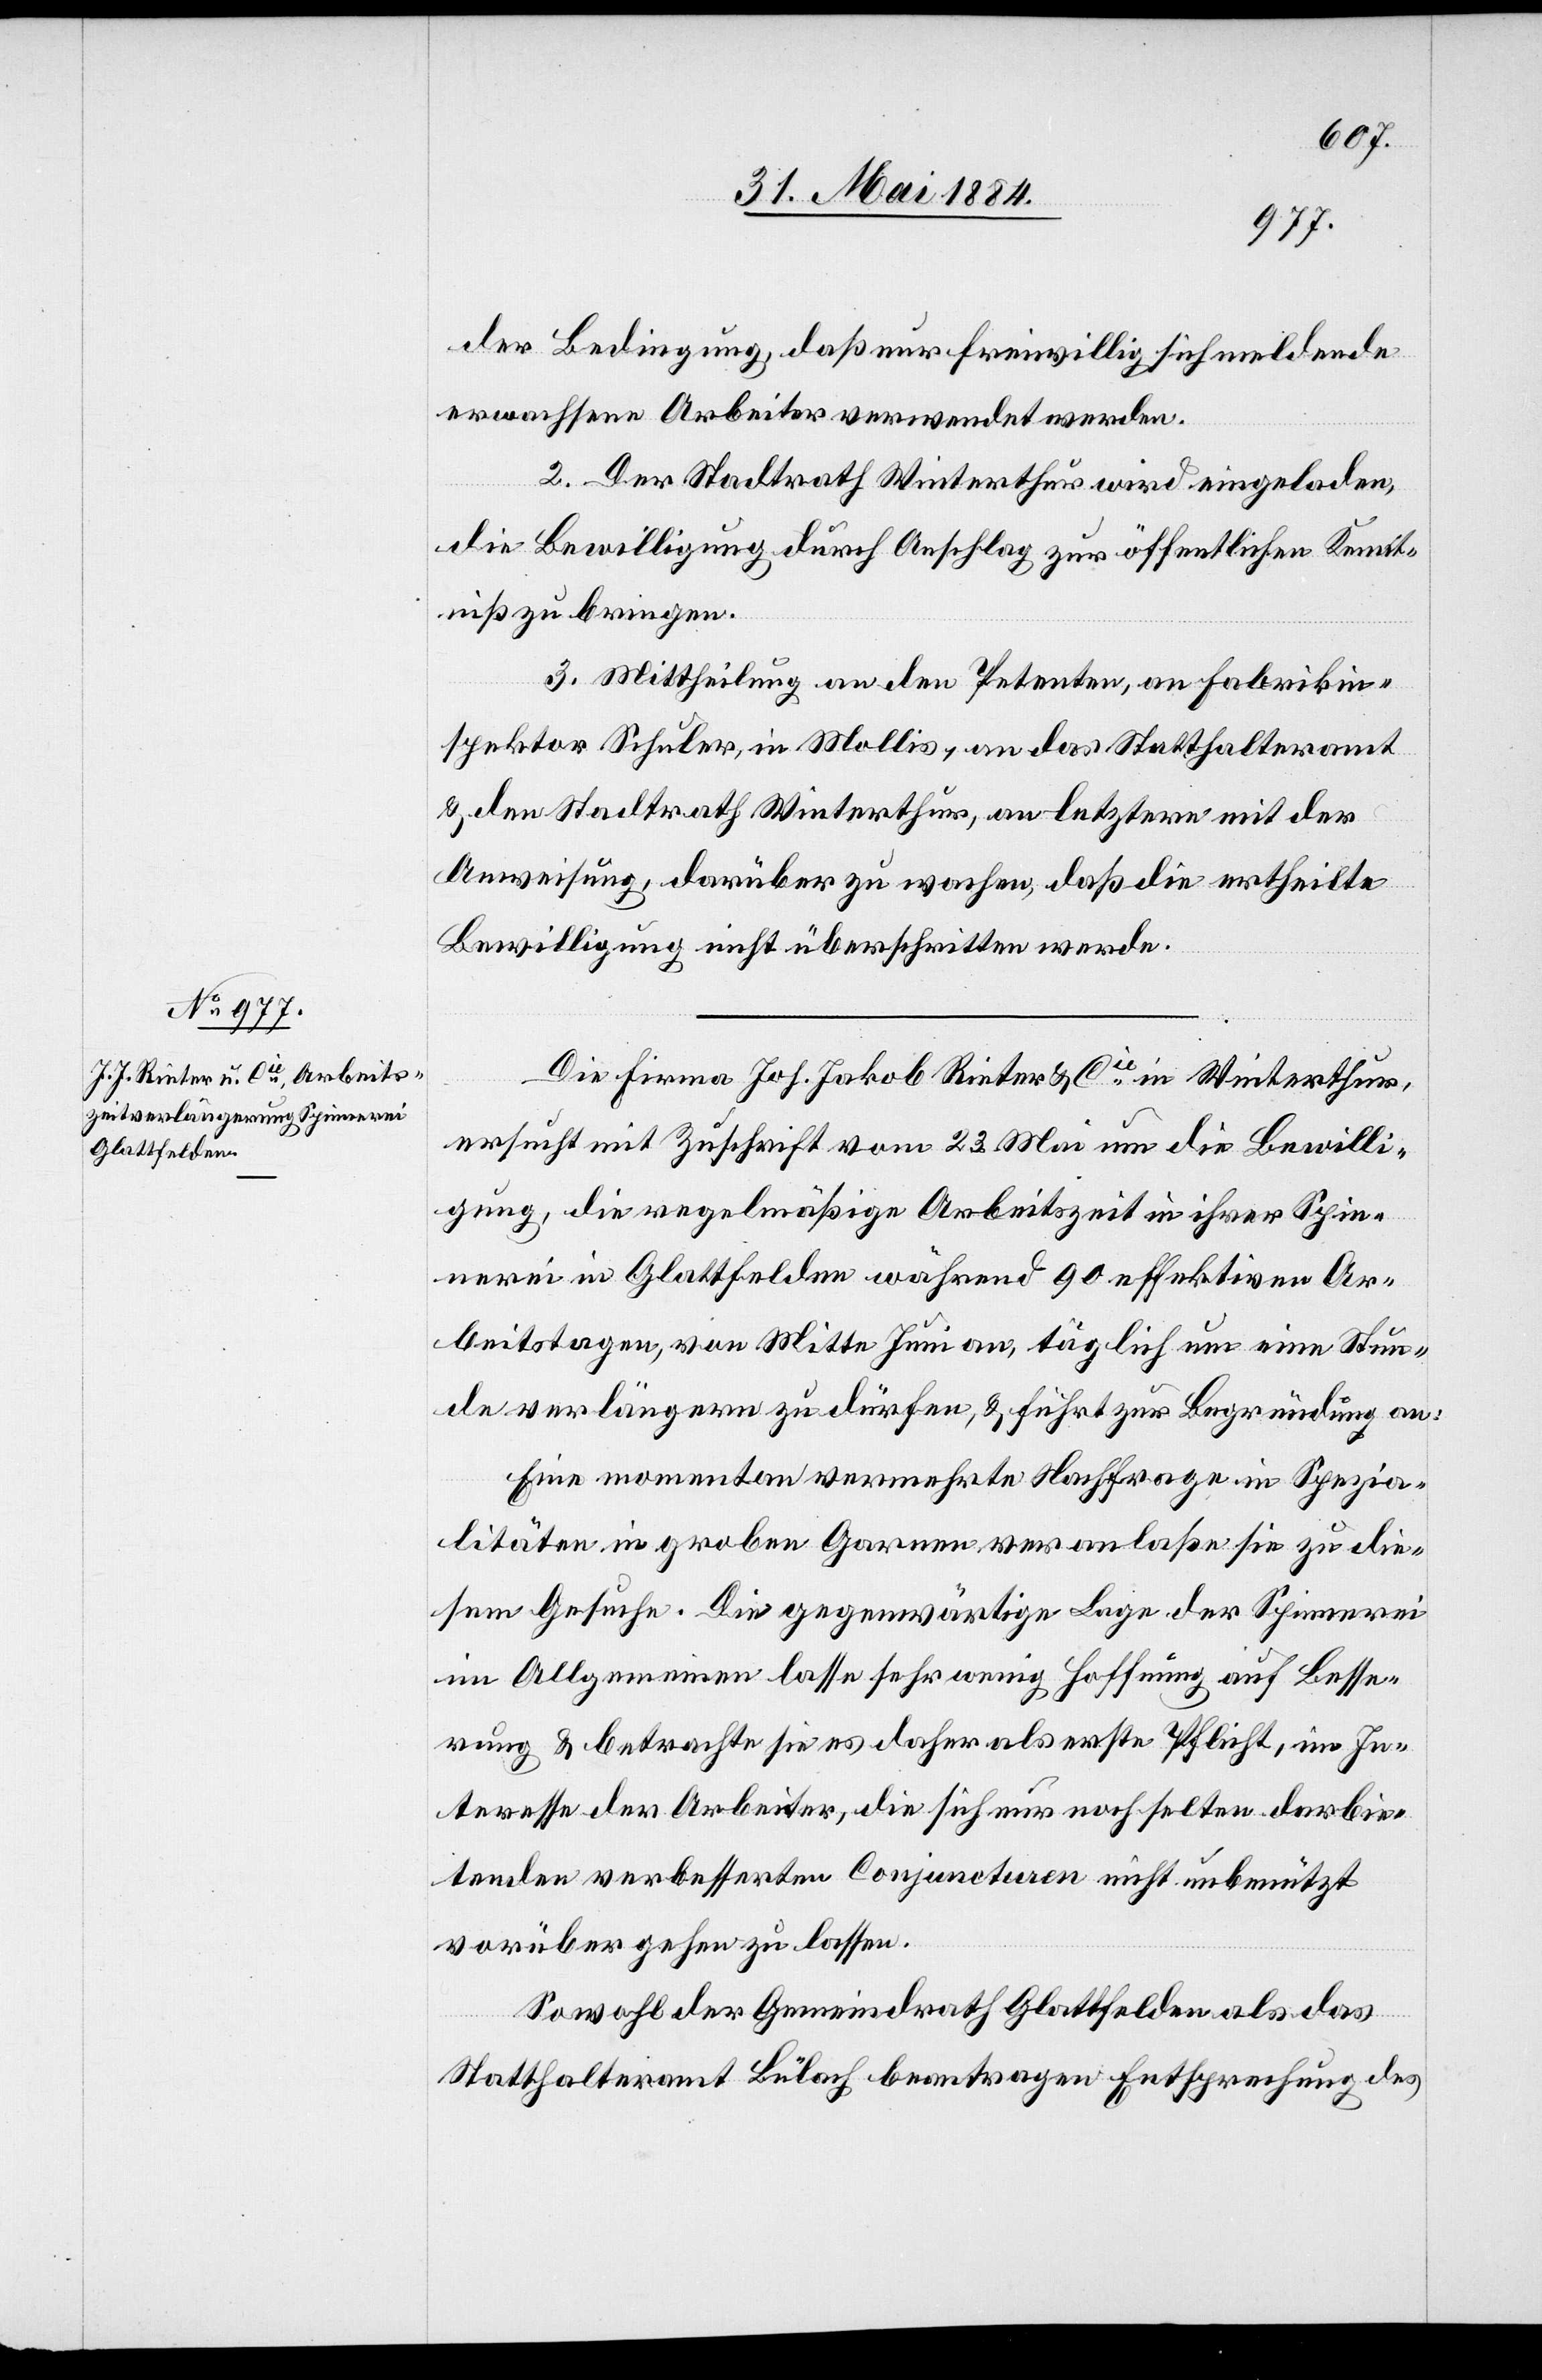
der Bedingung, daß nur freiwillig sich meldende
erwachsene Arbeiter verwendet werden.
2. Der Stadtrath Winterthur wird eingeladen,
die Bewilligung durch Anschlag zur öffentlichen Kennt¬
niß zu bringen.
3. Mittheilung an den Petenten, an Fabrikin¬
spektor Schuler, in Mollis, an das Statthalteramt
& den Stadtrath Winterthur, an letztern mit der
Anweisung, darüber zu wachen, daß die ertheilte
Bewilligung nicht überschritten werde.
Die Firma Joh. Jakob Rieter & Cie in Winterthur,
ersucht mit Zuschrift vom 23. Mai um die Bewilli¬
gung, die regelmäßige Arbeitszeit in ihrer Spin¬
nerei in Glattfelden während 90 effektiven Ar¬
beitstagen, von Mitte Juni an, täglich um eine Stun¬
de verlängern zu dürfen, & führt zur Begründung an:
Eine momentane vermehrte Nachfrage in Spezia¬
litäten in groben Garnen veranlaßen sie zu die¬
sem Gesuche. Die gegenwärtige Lage der Spinnerei
im Allgemeinen lasse sehr wenig Hoffnung auf Besse¬
rung & betrachte sie es daher als erste Pflicht, im In¬
teresse der Arbeiter, die sich nur noch selten darbie¬
tenden verbesserten Conjuncturen nicht unbenützt
vorüber gehen zu lassen.
Sowohl der Gemeindrath Glattfelden als das
Statthalteramt Bülach beantragen Entsprechung des